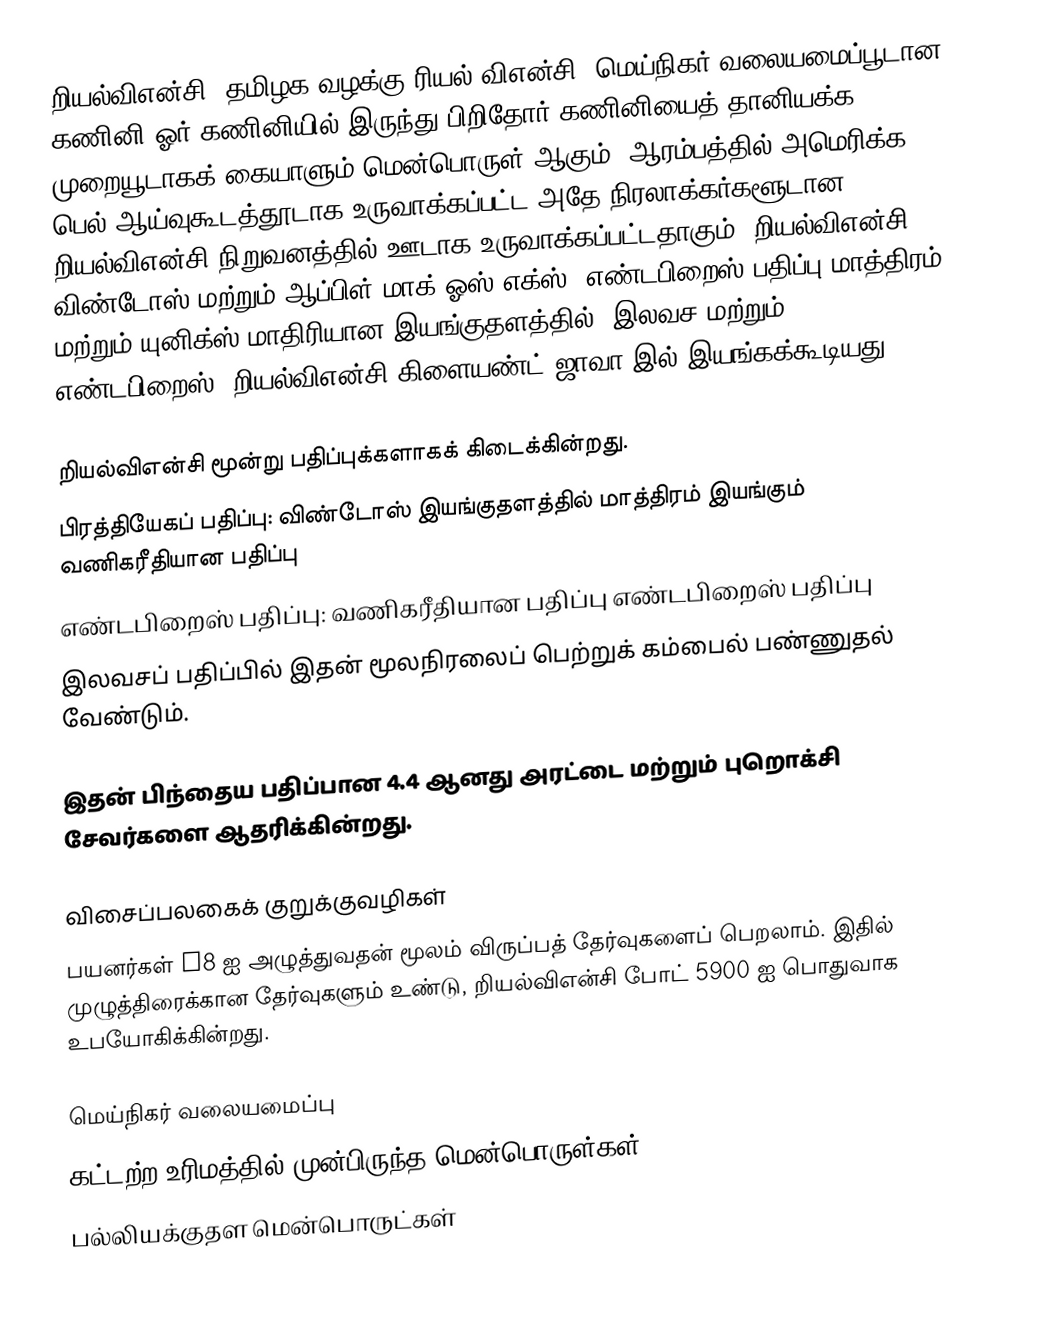
றியல்விஎன்சி (தமிழக வழக்கு:ரியல் விஎன்சி) மெய்நிகர் வலையமைப்பூடான கணினி ஓர் கணினியில் இருந்து பிறிதோர் கணினியைத் தானியக்க முறையூடாகக் கையாளும் மென்பொருள் ஆகும். ஆரம்பத்தில் அமெரிக்க பெல் ஆய்வுகூடத்தூடாக உருவாக்கப்பட்ட அதே நிரலாக்கர்களூடான றியல்விஎன்சி நிறுவனத்தில் ஊடாக உருவாக்கப்பட்டதாகும். றியல்விஎன்சி விண்டோஸ் மற்றும் ஆப்பிள் மாக் ஓஸ் எக்ஸ் (எண்டபிறைஸ் பதிப்பு மாத்திரம்) மற்றும் யுனிக்ஸ் மாதிரியான இயங்குதளத்தில் (இலவச மற்றும் எண்டபிறைஸ்) றியல்விஎன்சி கிளையண்ட் ஜாவா இல் இயங்கக்கூடியது.

றியல்விஎன்சி மூன்று பதிப்புக்களாகக் கிடைக்கின்றது.
 பிரத்தியேகப் பதிப்பு: விண்டோஸ் இயங்குதளத்தில் மாத்திரம் இயங்கும் வணிகரீதியான பதிப்பு
 எண்டபிறைஸ் பதிப்பு: வணிகரீதியான பதிப்பு எண்டபிறைஸ் பதிப்பு
 இலவசப் பதிப்பில் இதன் மூலநிரலைப் பெற்றுக் கம்பைல் பண்ணுதல் வேண்டும்.

இதன் பிந்தைய பதிப்பான 4.4 ஆனது அரட்டை மற்றும் புறொக்சி சேவர்களை ஆதரிக்கின்றது.

விசைப்பலகைக் குறுக்குவழிகள்
பயனர்கள் F8 ஐ அழுத்துவதன் மூலம் விருப்பத் தேர்வுகளைப் பெறலாம். இதில் முழுத்திரைக்கான தேர்வுகளும் உண்டு, றியல்விஎன்சி போட் 5900 ஐ பொதுவாக உபயோகிக்கின்றது.

மெய்நிகர் வலையமைப்பு
கட்டற்ற உரிமத்தில் முன்பிருந்த மென்பொருள்கள்
பல்லியக்குதள மென்பொருட்கள்